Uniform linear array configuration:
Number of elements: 4
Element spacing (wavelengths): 1
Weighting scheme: uniform
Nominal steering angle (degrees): -30
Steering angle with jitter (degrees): -28.5
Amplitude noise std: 0.05
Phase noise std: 0.05

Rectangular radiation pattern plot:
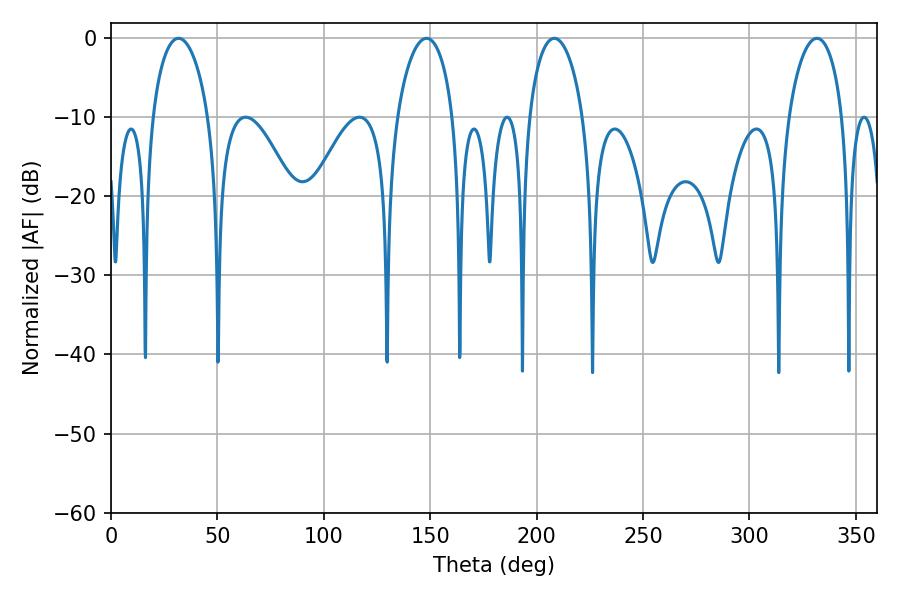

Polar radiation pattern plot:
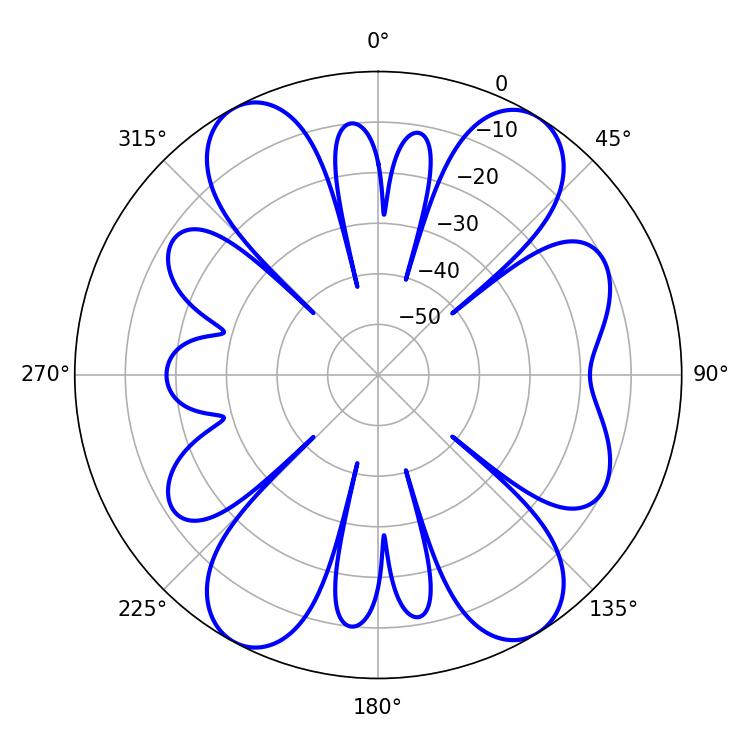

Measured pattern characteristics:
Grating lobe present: TRUE
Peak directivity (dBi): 14.646
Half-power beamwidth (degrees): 14.58
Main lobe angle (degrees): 208.26